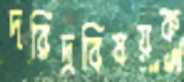
দরিদ্রবিষয়ক